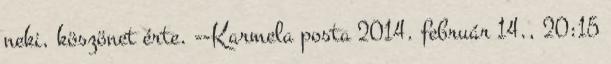
neki, köszönet érte. --Karmela posta 2014. február 14., 20:15